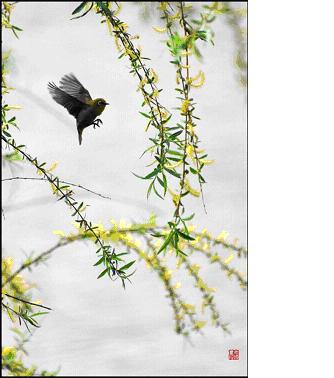
我亦且如常日醉，莫教弦管作离声。